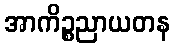
အာကိဉ္စညာယတန